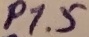
Text: P1.5